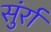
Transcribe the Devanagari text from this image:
सुंर्रा